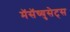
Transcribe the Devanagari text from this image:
मॅसॅच्युसेट्‌स